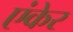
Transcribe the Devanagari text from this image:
एंकेर